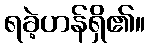
ရခဲ့ဟန်ရှိ၏။